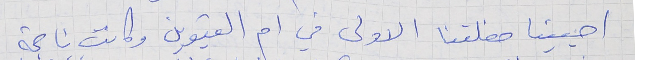
احيينا حفلتنا الاولى في ام القيوين وكانت ناجحة